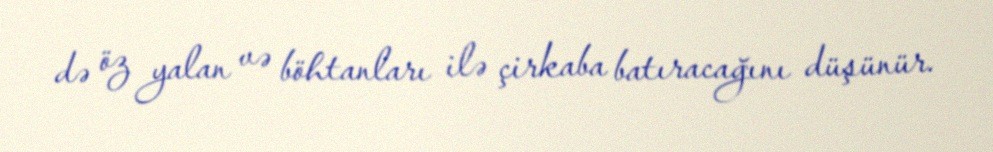
də öz yalan və böhtanları ilə çirkaba batıracağını düşünür.